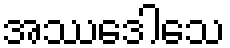
အဿဒေါသေ